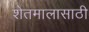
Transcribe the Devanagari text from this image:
शेतमालासाठी